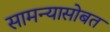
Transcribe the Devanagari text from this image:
सामन्यासोबत